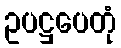
ဥပဋ္ဌပေတုံ